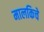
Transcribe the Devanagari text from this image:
मालकिचे